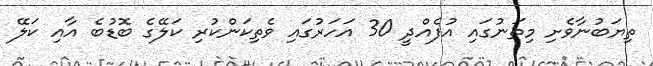
ތިޔަބުނާވެށި މިތަނުގައި އުފެއްދީ 30 އަހަރުގައި ވެތިކަންކުރި ކަލޭގެ ބޮޑުބެ އާއި ކަލޭ